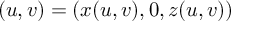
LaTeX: \mathbf { \Phi } ( u , v ) = ( x ( u , v ) , 0 , z ( u , v ) )